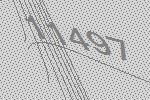
11497